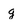
Character: g